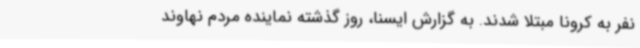
نفر به کرونا مبتلا شدند. به گزارش ایسنا، روز گذشته نماینده مردم نهاوند